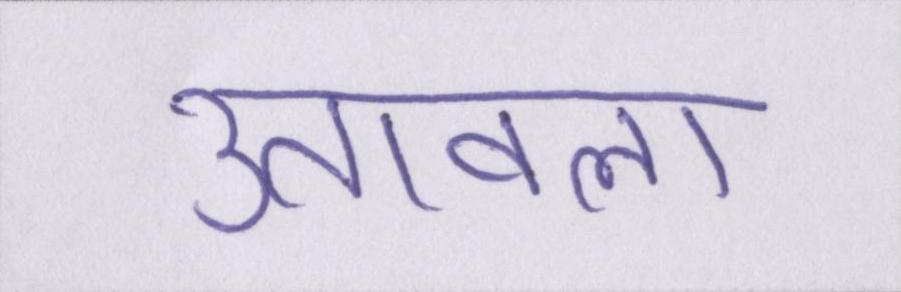
उतावला